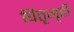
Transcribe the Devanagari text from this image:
पितृगृही